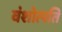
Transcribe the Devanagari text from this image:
वंशोत्पति